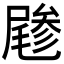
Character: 𡳔